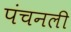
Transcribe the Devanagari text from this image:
पंचनली